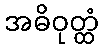
အဓိဝုတ္ထံ